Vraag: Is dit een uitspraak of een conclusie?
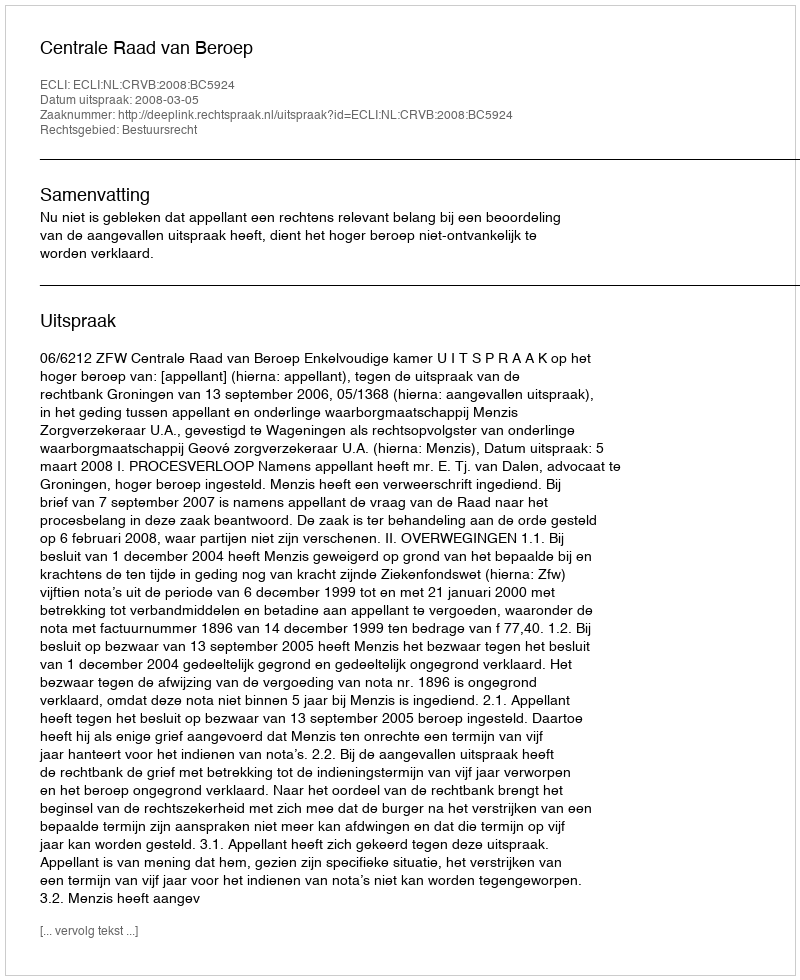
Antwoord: Uitspraak